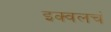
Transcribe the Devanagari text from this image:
इक्वलचं